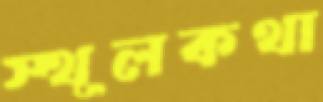
স্থূলকথা